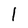
Character: I